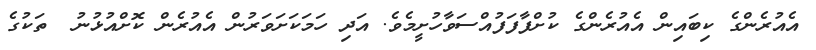
އެއުރެންގެ ކިބައިން އެއުރެންގެ ކުށްފާފަފުއްސަވާހުށީމެވެ. އަދި ހަމަކަށަވަރުން އެއުރެން ކޮށްއުޅުނު  ތަކުގެ